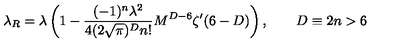
\lambda _ { R } = \lambda \left( 1 - \frac { ( - 1 ) ^ { n } \lambda ^ { 2 } } { 4 ( 2 \sqrt { \pi } ) ^ { D } n ! } M ^ { D - 6 } \zeta ^ { \prime } ( 6 - D ) \right) , \qquad D \equiv 2 n > 6